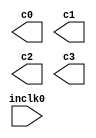
// megafunction wizard: %ALTCLKLOCK%VBB%
// GENERATION: STANDARD
// VERSION: WM1.0
// MODULE: altpll 

// ============================================================
// Megafunction Name(s):
// 			altpll
//
// Simulation Library Files(s):
// 			altera_mf
// ============================================================
// ************************************************************
// THIS IS A WIZARD-GENERATED FILE. DO NOT EDIT THIS FILE!
//
// 9.0 Build 235 06/17/2009 SP 2 SJ Full Version
// ************************************************************

//Copyright (C) 1991-2009 Altera Corporation
//Your use of Altera Corporation's design tools, logic functions 
//and other software and tools, and its AMPP partner logic 
//functions, and any output files from any of the foregoing 
//(including device programming or simulation files), and any 
//associated documentation or information are expressly subject 
//to the terms and conditions of the Altera Program License 
//Subscription Agreement, Altera MegaCore Function License 
//Agreement, or other applicable license agreement, including, 
//without limitation, that your use is for the sole purpose of 
//programming logic devices manufactured by Altera and sold by 
//Altera or its authorized distributors.  Please refer to the 
//applicable agreement for further details.

module clkgen (
	inclk0,
	c0,
	c1,
	c2,
	c3);

	input	  inclk0;
	output	  c0;
	output	  c1;
	output	  c2;
	output	  c3;

endmodule

// ============================================================
// CNX file retrieval info
// ============================================================
// Retrieval info: PRIVATE: ACTIVECLK_CHECK STRING "0"
// Retrieval info: PRIVATE: BANDWIDTH STRING "1.000"
// Retrieval info: PRIVATE: BANDWIDTH_FEATURE_ENABLED STRING "1"
// Retrieval info: PRIVATE: BANDWIDTH_FREQ_UNIT STRING "MHz"
// Retrieval info: PRIVATE: BANDWIDTH_PRESET STRING "Low"
// Retrieval info: PRIVATE: BANDWIDTH_USE_AUTO STRING "1"
// Retrieval info: PRIVATE: BANDWIDTH_USE_PRESET STRING "0"
// Retrieval info: PRIVATE: CLKBAD_SWITCHOVER_CHECK STRING "0"
// Retrieval info: PRIVATE: CLKLOSS_CHECK STRING "0"
// Retrieval info: PRIVATE: CLKSWITCH_CHECK STRING "0"
// Retrieval info: PRIVATE: CNX_NO_COMPENSATE_RADIO STRING "1"
// Retrieval info: PRIVATE: CREATE_CLKBAD_CHECK STRING "0"
// Retrieval info: PRIVATE: CREATE_INCLK1_CHECK STRING "0"
// Retrieval info: PRIVATE: CUR_DEDICATED_CLK STRING "c0"
// Retrieval info: PRIVATE: CUR_FBIN_CLK STRING "c0"
// Retrieval info: PRIVATE: DEVICE_SPEED_GRADE STRING "Any"
// Retrieval info: PRIVATE: DIV_FACTOR0 NUMERIC "1"
// Retrieval info: PRIVATE: DIV_FACTOR1 NUMERIC "1"
// Retrieval info: PRIVATE: DIV_FACTOR2 NUMERIC "5"
// Retrieval info: PRIVATE: DIV_FACTOR3 NUMERIC "5"
// Retrieval info: PRIVATE: DUTY_CYCLE0 STRING "50.00000000"
// Retrieval info: PRIVATE: DUTY_CYCLE1 STRING "50.00000000"
// Retrieval info: PRIVATE: DUTY_CYCLE2 STRING "50.00000000"
// Retrieval info: PRIVATE: DUTY_CYCLE3 STRING "50.00000000"
// Retrieval info: PRIVATE: EFF_OUTPUT_FREQ_VALUE0 STRING "125.000000"
// Retrieval info: PRIVATE: EFF_OUTPUT_FREQ_VALUE1 STRING "125.000000"
// Retrieval info: PRIVATE: EFF_OUTPUT_FREQ_VALUE2 STRING "25.000000"
// Retrieval info: PRIVATE: EFF_OUTPUT_FREQ_VALUE3 STRING "25.000000"
// Retrieval info: PRIVATE: EXPLICIT_SWITCHOVER_COUNTER STRING "0"
// Retrieval info: PRIVATE: EXT_FEEDBACK_RADIO STRING "0"
// Retrieval info: PRIVATE: GLOCKED_COUNTER_EDIT_CHANGED STRING "1"
// Retrieval info: PRIVATE: GLOCKED_FEATURE_ENABLED STRING "0"
// Retrieval info: PRIVATE: GLOCKED_MODE_CHECK STRING "0"
// Retrieval info: PRIVATE: GLOCK_COUNTER_EDIT NUMERIC "1048575"
// Retrieval info: PRIVATE: HAS_MANUAL_SWITCHOVER STRING "1"
// Retrieval info: PRIVATE: INCLK0_FREQ_EDIT STRING "125.000"
// Retrieval info: PRIVATE: INCLK0_FREQ_UNIT_COMBO STRING "MHz"
// Retrieval info: PRIVATE: INCLK1_FREQ_EDIT STRING "100.000"
// Retrieval info: PRIVATE: INCLK1_FREQ_EDIT_CHANGED STRING "1"
// Retrieval info: PRIVATE: INCLK1_FREQ_UNIT_CHANGED STRING "1"
// Retrieval info: PRIVATE: INCLK1_FREQ_UNIT_COMBO STRING "MHz"
// Retrieval info: PRIVATE: INTENDED_DEVICE_FAMILY STRING "Arria II GX"
// Retrieval info: PRIVATE: INT_FEEDBACK__MODE_RADIO STRING "1"
// Retrieval info: PRIVATE: LOCKED_OUTPUT_CHECK STRING "0"
// Retrieval info: PRIVATE: LONG_SCAN_RADIO STRING "1"
// Retrieval info: PRIVATE: LVDS_MODE_DATA_RATE STRING "301.136"
// Retrieval info: PRIVATE: LVDS_MODE_DATA_RATE_DIRTY NUMERIC "0"
// Retrieval info: PRIVATE: LVDS_PHASE_SHIFT_UNIT0 STRING "deg"
// Retrieval info: PRIVATE: LVDS_PHASE_SHIFT_UNIT1 STRING "deg"
// Retrieval info: PRIVATE: LVDS_PHASE_SHIFT_UNIT2 STRING "deg"
// Retrieval info: PRIVATE: LVDS_PHASE_SHIFT_UNIT3 STRING "deg"
// Retrieval info: PRIVATE: MIG_DEVICE_SPEED_GRADE STRING "Any"
// Retrieval info: PRIVATE: MULT_FACTOR0 NUMERIC "1"
// Retrieval info: PRIVATE: MULT_FACTOR1 NUMERIC "1"
// Retrieval info: PRIVATE: MULT_FACTOR2 NUMERIC "1"
// Retrieval info: PRIVATE: MULT_FACTOR3 NUMERIC "1"
// Retrieval info: PRIVATE: NORMAL_MODE_RADIO STRING "0"
// Retrieval info: PRIVATE: OUTPUT_FREQ0 STRING "100.00000000"
// Retrieval info: PRIVATE: OUTPUT_FREQ1 STRING "100.00000000"
// Retrieval info: PRIVATE: OUTPUT_FREQ2 STRING "100.00000000"
// Retrieval info: PRIVATE: OUTPUT_FREQ3 STRING "100.00000000"
// Retrieval info: PRIVATE: OUTPUT_FREQ_MODE0 STRING "0"
// Retrieval info: PRIVATE: OUTPUT_FREQ_MODE1 STRING "0"
// Retrieval info: PRIVATE: OUTPUT_FREQ_MODE2 STRING "0"
// Retrieval info: PRIVATE: OUTPUT_FREQ_MODE3 STRING "0"
// Retrieval info: PRIVATE: OUTPUT_FREQ_UNIT0 STRING "MHz"
// Retrieval info: PRIVATE: OUTPUT_FREQ_UNIT1 STRING "MHz"
// Retrieval info: PRIVATE: OUTPUT_FREQ_UNIT2 STRING "MHz"
// Retrieval info: PRIVATE: OUTPUT_FREQ_UNIT3 STRING "MHz"
// Retrieval info: PRIVATE: PHASE_RECONFIG_FEATURE_ENABLED STRING "1"
// Retrieval info: PRIVATE: PHASE_RECONFIG_INPUTS_CHECK STRING "0"
// Retrieval info: PRIVATE: PHASE_SHIFT0 STRING "0.00000000"
// Retrieval info: PRIVATE: PHASE_SHIFT1 STRING "2.00000000"
// Retrieval info: PRIVATE: PHASE_SHIFT2 STRING "0.00000000"
// Retrieval info: PRIVATE: PHASE_SHIFT3 STRING "90.00000000"
// Retrieval info: PRIVATE: PHASE_SHIFT_STEP_ENABLED_CHECK STRING "0"
// Retrieval info: PRIVATE: PHASE_SHIFT_UNIT0 STRING "deg"
// Retrieval info: PRIVATE: PHASE_SHIFT_UNIT1 STRING "ns"
// Retrieval info: PRIVATE: PHASE_SHIFT_UNIT2 STRING "deg"
// Retrieval info: PRIVATE: PHASE_SHIFT_UNIT3 STRING "deg"
// Retrieval info: PRIVATE: PLL_ADVANCED_PARAM_CHECK STRING "0"
// Retrieval info: PRIVATE: PLL_ARESET_CHECK STRING "0"
// Retrieval info: PRIVATE: PLL_AUTOPLL_CHECK NUMERIC "1"
// Retrieval info: PRIVATE: PLL_ENHPLL_CHECK NUMERIC "0"
// Retrieval info: PRIVATE: PLL_FASTPLL_CHECK NUMERIC "0"
// Retrieval info: PRIVATE: PLL_FBMIMIC_CHECK STRING "0"
// Retrieval info: PRIVATE: PLL_LVDS_PLL_CHECK NUMERIC "0"
// Retrieval info: PRIVATE: PLL_PFDENA_CHECK STRING "0"
// Retrieval info: PRIVATE: PLL_TARGET_HARCOPY_CHECK NUMERIC "0"
// Retrieval info: PRIVATE: PRIMARY_CLK_COMBO STRING "inclk0"
// Retrieval info: PRIVATE: RECONFIG_FILE STRING "clkgen.mif"
// Retrieval info: PRIVATE: SACN_INPUTS_CHECK STRING "0"
// Retrieval info: PRIVATE: SCAN_FEATURE_ENABLED STRING "1"
// Retrieval info: PRIVATE: SELF_RESET_LOCK_LOSS STRING "1"
// Retrieval info: PRIVATE: SHORT_SCAN_RADIO STRING "0"
// Retrieval info: PRIVATE: SPREAD_FEATURE_ENABLED STRING "0"
// Retrieval info: PRIVATE: SPREAD_FREQ STRING "50.000"
// Retrieval info: PRIVATE: SPREAD_FREQ_UNIT STRING "KHz"
// Retrieval info: PRIVATE: SPREAD_PERCENT STRING "0.500"
// Retrieval info: PRIVATE: SPREAD_USE STRING "0"
// Retrieval info: PRIVATE: SRC_SYNCH_COMP_RADIO STRING "0"
// Retrieval info: PRIVATE: STICKY_CLK0 STRING "1"
// Retrieval info: PRIVATE: STICKY_CLK1 STRING "1"
// Retrieval info: PRIVATE: STICKY_CLK2 STRING "1"
// Retrieval info: PRIVATE: STICKY_CLK3 STRING "1"
// Retrieval info: PRIVATE: SWITCHOVER_COUNT_EDIT NUMERIC "1"
// Retrieval info: PRIVATE: SWITCHOVER_FEATURE_ENABLED STRING "1"
// Retrieval info: PRIVATE: SYNTH_WRAPPER_GEN_POSTFIX STRING "0"
// Retrieval info: PRIVATE: USE_CLK0 STRING "1"
// Retrieval info: PRIVATE: USE_CLK1 STRING "1"
// Retrieval info: PRIVATE: USE_CLK2 STRING "1"
// Retrieval info: PRIVATE: USE_CLK3 STRING "1"
// Retrieval info: PRIVATE: USE_MIL_SPEED_GRADE NUMERIC "0"
// Retrieval info: PRIVATE: ZERO_DELAY_RADIO STRING "0"
// Retrieval info: LIBRARY: altera_mf altera_mf.altera_mf_components.all
// Retrieval info: CONSTANT: BANDWIDTH_TYPE STRING "AUTO"
// Retrieval info: CONSTANT: CLK0_DIVIDE_BY NUMERIC "1"
// Retrieval info: CONSTANT: CLK0_DUTY_CYCLE NUMERIC "50"
// Retrieval info: CONSTANT: CLK0_MULTIPLY_BY NUMERIC "1"
// Retrieval info: CONSTANT: CLK0_PHASE_SHIFT STRING "0"
// Retrieval info: CONSTANT: CLK1_DIVIDE_BY NUMERIC "1"
// Retrieval info: CONSTANT: CLK1_DUTY_CYCLE NUMERIC "50"
// Retrieval info: CONSTANT: CLK1_MULTIPLY_BY NUMERIC "1"
// Retrieval info: CONSTANT: CLK1_PHASE_SHIFT STRING "2000"
// Retrieval info: CONSTANT: CLK2_DIVIDE_BY NUMERIC "5"
// Retrieval info: CONSTANT: CLK2_DUTY_CYCLE NUMERIC "50"
// Retrieval info: CONSTANT: CLK2_MULTIPLY_BY NUMERIC "1"
// Retrieval info: CONSTANT: CLK2_PHASE_SHIFT STRING "0"
// Retrieval info: CONSTANT: CLK3_DIVIDE_BY NUMERIC "5"
// Retrieval info: CONSTANT: CLK3_DUTY_CYCLE NUMERIC "50"
// Retrieval info: CONSTANT: CLK3_MULTIPLY_BY NUMERIC "1"
// Retrieval info: CONSTANT: CLK3_PHASE_SHIFT STRING "10000"
// Retrieval info: CONSTANT: INCLK0_INPUT_FREQUENCY NUMERIC "8000"
// Retrieval info: CONSTANT: INTENDED_DEVICE_FAMILY STRING "Arria II GX"
// Retrieval info: CONSTANT: LPM_TYPE STRING "altpll"
// Retrieval info: CONSTANT: OPERATION_MODE STRING "NO_COMPENSATION"
// Retrieval info: CONSTANT: PLL_TYPE STRING "Left_Right"
// Retrieval info: CONSTANT: PORT_ACTIVECLOCK STRING "PORT_UNUSED"
// Retrieval info: CONSTANT: PORT_ARESET STRING "PORT_UNUSED"
// Retrieval info: CONSTANT: PORT_CLKBAD0 STRING "PORT_UNUSED"
// Retrieval info: CONSTANT: PORT_CLKBAD1 STRING "PORT_UNUSED"
// Retrieval info: CONSTANT: PORT_CLKLOSS STRING "PORT_UNUSED"
// Retrieval info: CONSTANT: PORT_CLKSWITCH STRING "PORT_UNUSED"
// Retrieval info: CONSTANT: PORT_CONFIGUPDATE STRING "PORT_UNUSED"
// Retrieval info: CONSTANT: PORT_FBIN STRING "PORT_UNUSED"
// Retrieval info: CONSTANT: PORT_FBOUT STRING "PORT_UNUSED"
// Retrieval info: CONSTANT: PORT_INCLK0 STRING "PORT_USED"
// Retrieval info: CONSTANT: PORT_INCLK1 STRING "PORT_UNUSED"
// Retrieval info: CONSTANT: PORT_LOCKED STRING "PORT_UNUSED"
// Retrieval info: CONSTANT: PORT_PFDENA STRING "PORT_UNUSED"
// Retrieval info: CONSTANT: PORT_PHASECOUNTERSELECT STRING "PORT_UNUSED"
// Retrieval info: CONSTANT: PORT_PHASEDONE STRING "PORT_UNUSED"
// Retrieval info: CONSTANT: PORT_PHASESTEP STRING "PORT_UNUSED"
// Retrieval info: CONSTANT: PORT_PHASEUPDOWN STRING "PORT_UNUSED"
// Retrieval info: CONSTANT: PORT_PLLENA STRING "PORT_UNUSED"
// Retrieval info: CONSTANT: PORT_SCANACLR STRING "PORT_UNUSED"
// Retrieval info: CONSTANT: PORT_SCANCLK STRING "PORT_UNUSED"
// Retrieval info: CONSTANT: PORT_SCANCLKENA STRING "PORT_UNUSED"
// Retrieval info: CONSTANT: PORT_SCANDATA STRING "PORT_UNUSED"
// Retrieval info: CONSTANT: PORT_SCANDATAOUT STRING "PORT_UNUSED"
// Retrieval info: CONSTANT: PORT_SCANDONE STRING "PORT_UNUSED"
// Retrieval info: CONSTANT: PORT_SCANREAD STRING "PORT_UNUSED"
// Retrieval info: CONSTANT: PORT_SCANWRITE STRING "PORT_UNUSED"
// Retrieval info: CONSTANT: PORT_clk0 STRING "PORT_USED"
// Retrieval info: CONSTANT: PORT_clk1 STRING "PORT_USED"
// Retrieval info: CONSTANT: PORT_clk2 STRING "PORT_USED"
// Retrieval info: CONSTANT: PORT_clk3 STRING "PORT_USED"
// Retrieval info: CONSTANT: PORT_clk4 STRING "PORT_UNUSED"
// Retrieval info: CONSTANT: PORT_clk5 STRING "PORT_UNUSED"
// Retrieval info: CONSTANT: PORT_clk6 STRING "PORT_UNUSED"
// Retrieval info: CONSTANT: PORT_clk7 STRING "PORT_UNUSED"
// Retrieval info: CONSTANT: PORT_clk8 STRING "PORT_UNUSED"
// Retrieval info: CONSTANT: PORT_clk9 STRING "PORT_UNUSED"
// Retrieval info: CONSTANT: PORT_clkena0 STRING "PORT_UNUSED"
// Retrieval info: CONSTANT: PORT_clkena1 STRING "PORT_UNUSED"
// Retrieval info: CONSTANT: PORT_clkena2 STRING "PORT_UNUSED"
// Retrieval info: CONSTANT: PORT_clkena3 STRING "PORT_UNUSED"
// Retrieval info: CONSTANT: PORT_clkena4 STRING "PORT_UNUSED"
// Retrieval info: CONSTANT: PORT_clkena5 STRING "PORT_UNUSED"
// Retrieval info: CONSTANT: USING_FBMIMICBIDIR_PORT STRING "OFF"
// Retrieval info: CONSTANT: WIDTH_CLOCK NUMERIC "7"
// Retrieval info: USED_PORT: @clk 0 0 7 0 OUTPUT_CLK_EXT VCC "@clk[6..0]"
// Retrieval info: USED_PORT: c0 0 0 0 0 OUTPUT_CLK_EXT VCC "c0"
// Retrieval info: USED_PORT: c1 0 0 0 0 OUTPUT_CLK_EXT VCC "c1"
// Retrieval info: USED_PORT: c2 0 0 0 0 OUTPUT_CLK_EXT VCC "c2"
// Retrieval info: USED_PORT: c3 0 0 0 0 OUTPUT_CLK_EXT VCC "c3"
// Retrieval info: USED_PORT: inclk0 0 0 0 0 INPUT_CLK_EXT GND "inclk0"
// Retrieval info: CONNECT: @inclk 0 0 1 0 inclk0 0 0 0 0
// Retrieval info: CONNECT: c0 0 0 0 0 @clk 0 0 1 0
// Retrieval info: CONNECT: c1 0 0 0 0 @clk 0 0 1 1
// Retrieval info: CONNECT: c3 0 0 0 0 @clk 0 0 1 3
// Retrieval info: CONNECT: c2 0 0 0 0 @clk 0 0 1 2
// Retrieval info: CONNECT: @inclk 0 0 1 1 GND 0 0 0 0
// Retrieval info: GEN_FILE: TYPE_NORMAL clkgen.v TRUE
// Retrieval info: GEN_FILE: TYPE_NORMAL clkgen.ppf TRUE
// Retrieval info: GEN_FILE: TYPE_NORMAL clkgen.inc FALSE
// Retrieval info: GEN_FILE: TYPE_NORMAL clkgen.cmp FALSE
// Retrieval info: GEN_FILE: TYPE_NORMAL clkgen.bsf FALSE
// Retrieval info: GEN_FILE: TYPE_NORMAL clkgen_inst.v FALSE
// Retrieval info: GEN_FILE: TYPE_NORMAL clkgen_bb.v TRUE
// Retrieval info: GEN_FILE: TYPE_NORMAL clkgen_waveforms.html FALSE
// Retrieval info: GEN_FILE: TYPE_NORMAL clkgen_wave*.jpg FALSE
// Retrieval info: LIB_FILE: altera_mf